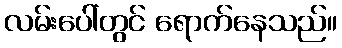
လမ်းပေါ်တွင် ရောက်နေသည်။